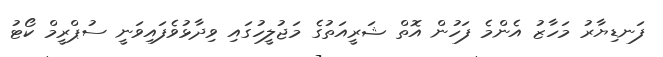
ފަނޑިޔާރު މަހާޒު އެންމެ ފަހުން އޮތް ޝަރީއަތުގެ މަޖުލީހުގައި ވިދާޅުވެފައިވަނީ ސުޕްރީމް ކޯޓު